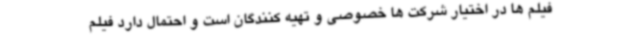
فیلم ها در اختیار شرکت ها خصوصی و تهیه کنندگان است و احتمال دارد فیلم